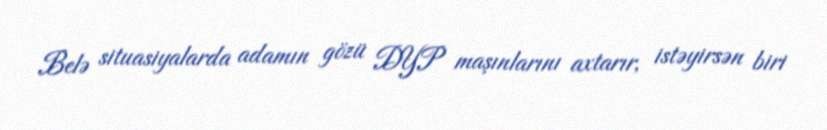
Belə situasiyalarda adamın gözü DYP maşınlarını axtarır, istəyirsən biri